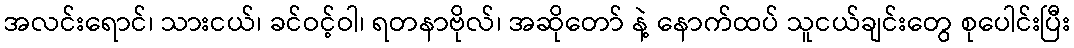
အလင်းရောင်၊ သားငယ်၊ ခင်ဝင့်ဝါ၊ ရတနာဗိုလ်၊ အဆိုတော် နဲ့ နောက်ထပ် သူငယ်ချင်းတွေ စုပေါင်းပြီး